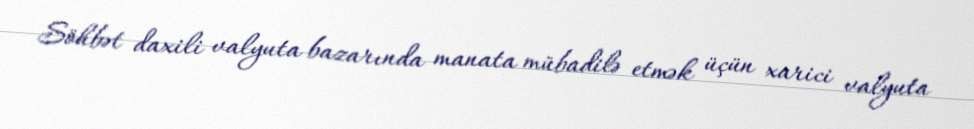
Söhbət daxili valyuta bazarında manata mübadilə etmək üçün xarici valyuta